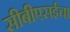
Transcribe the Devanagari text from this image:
सीबीएसईचा